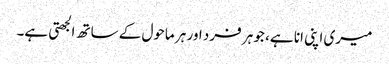
میری اپنی انا ہے، جو ہر فرد اور ہر ماحول کے ساتھ الجھتی ہے۔